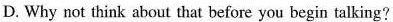
D. Why not think about that before you begin talking?